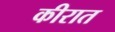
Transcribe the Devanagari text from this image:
कीरात